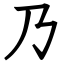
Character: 乃